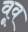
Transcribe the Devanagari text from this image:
वूव